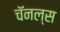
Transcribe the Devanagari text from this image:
चॅनल्स